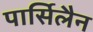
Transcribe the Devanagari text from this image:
पार्सिलैन